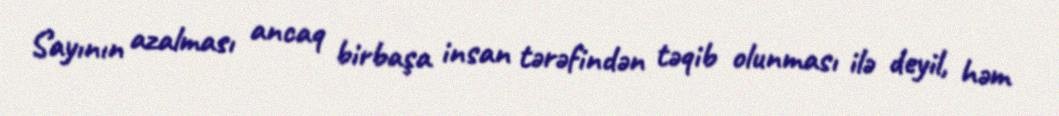
Sayının azalması ancaq birbaşa insan tərəfindən təqib olunması ilə deyil, həm